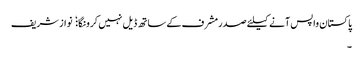
پاکستان واپس آنے کیلئے صدرمشرف کے ساتھ ڈیل نہیں کرونگا:  نواز شریف
۔